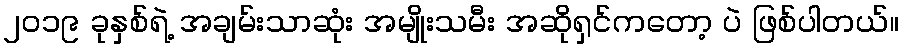
၂၀၁၉ ခုနှစ်ရဲ့ အချမ်းသာဆုံး အမျိုးသမီး အဆိုရှင်ကတော့ ပဲ ဖြစ်ပါတယ်။